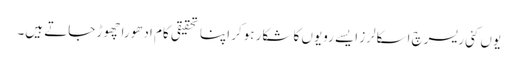
یوں کئی ریسرچ اسکالرز ایسے رویوں کا شکار ہوکر اپنا تحقیقی کام ادھورا چھوڑ جاتے ہیں۔